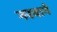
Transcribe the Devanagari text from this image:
नरवाने